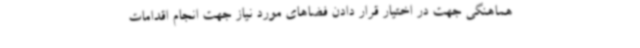
هماهنگی جهت در اختیار قرار دادن فضاهای مورد نیاز جهت انجام اقدامات